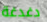
دغدغة